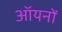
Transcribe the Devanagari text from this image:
ऑयनों